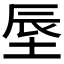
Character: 𪣗